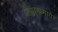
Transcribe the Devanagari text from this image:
उड्डाणांमागे